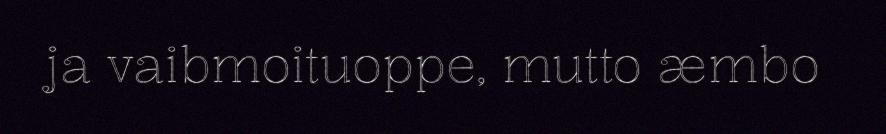
ja vaibmoituoppe, mutto æmbo